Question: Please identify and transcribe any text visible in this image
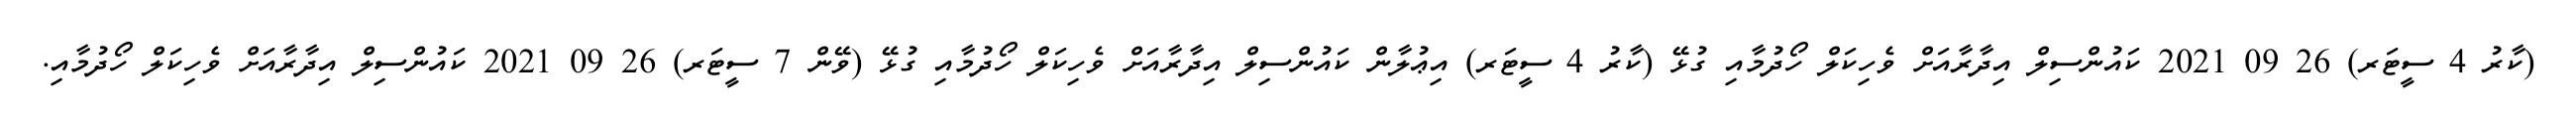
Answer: (ކާރު 4 ސީޓަރ) 26 09 2021 ކައުންސިލް އިދާރާއަށް ވެހިކަލް ހޯދުމާއި ގުޅޭ (ކާރު 4 ސީޓަރ) އިޢުލާން ކައުންސިލް އިދާރާއަށް ވެހިކަލް ހޯދުމާއި ގުޅޭ (ވޭން 7 ސީޓަރ) 26 09 2021 ކައުންސިލް އިދާރާއަށް ވެހިކަލް ހޯދުމާއި.